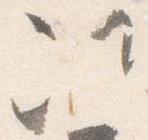
次